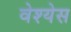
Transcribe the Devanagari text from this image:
वेश्येस